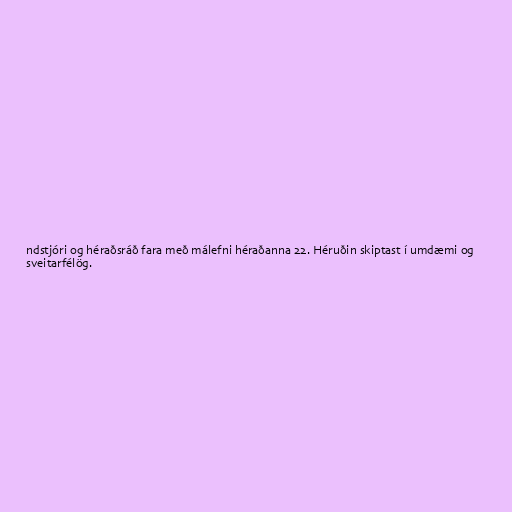
ndstjóri og héraðsráð fara með málefni héraðanna 22. Héruðin skiptast í umdæmi og
sveitarfélög.